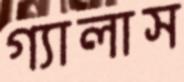
গ্যালাস